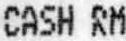
CASH RM